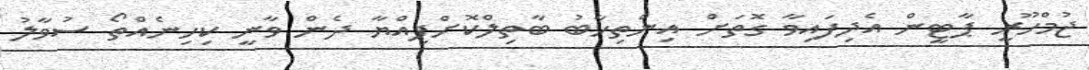
ޖުމްހޫރީ ޕާޓީން އެދިފައިވާ ގޮތަށް އިންތިހާބު ބާތިލްކޮށްފިއްޔާ ދެން ވާނީ ކިހިނެއްތޯ ސުވާލު